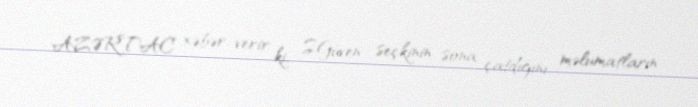
AZƏRTAC xəbər verir ki, S.Güven seçkinin sona çatdığını, məlumatların